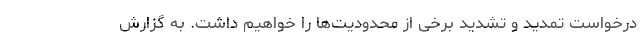
درخواست تمدید و تشدید برخی از محدودیت‌ها را خواهیم داشت. به گزارش